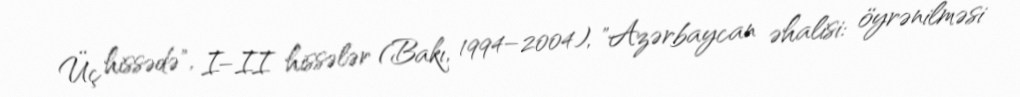
Üç hissədə", I–II hissələr (Bakı, 1994–2004), "Azərbaycan əhalisi: öyrənilməsi